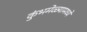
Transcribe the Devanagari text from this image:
कुंभमेळ्यामध्ये